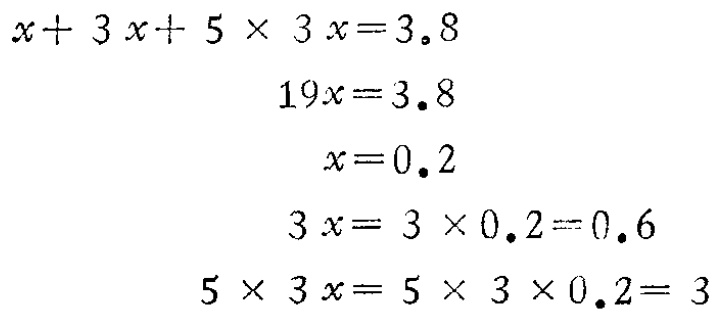
\[

\begin{align*}

x + 3x+5\times3x&=3.8\\

19x&=3.8\\

x&=0.2\\

3x&=3\times0.2 = 0.6\\

5\times3x&=5\times3\times0.2 = 3

\end{align*}

\]